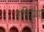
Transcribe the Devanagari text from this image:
शक्तिप्रवाह